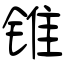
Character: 锥